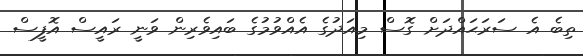
ތިބެ އެ ސަރަޙައްދަށް ގޮސް މިއަދުގެ އެއްވުމުގެ ބައިވެރިން ވަނީ ރައީސް އޮފީސް